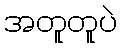
အတူတူပဲ